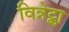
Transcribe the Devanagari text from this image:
विन्नेट्का